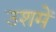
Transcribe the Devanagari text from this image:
उशमें